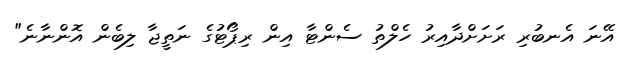
އޭނަ އެނބުރި ރަށަށްދާއިރު ހެލްތު ސެންޓާ އިން ރިޕޯޓުގެ ނަތީޖާ ލިބެން އޮންނާނެ"